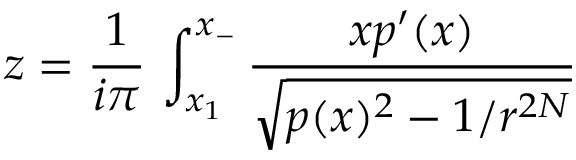
z = { \frac { 1 } { i \pi } } \, \int _ { x _ { 1 } } ^ { x _ { - } } { \frac { \displaystyle x p ^ { \prime } ( x ) } { \displaystyle \sqrt { p ( x ) ^ { 2 } - 1 / r ^ { 2 N } } } }